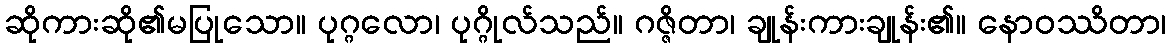
ဆိုကားဆို၏မပြုသော။ ပုဂ္ဂလော၊ ပုဂ္ဂိုလ်သည်။ ဂဇ္ဇိတာ၊ ချုန်းကားချုန်း၏။ နောဝဿိတာ၊